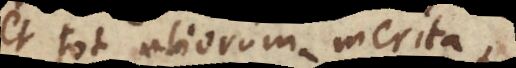
et tot aliorum merita